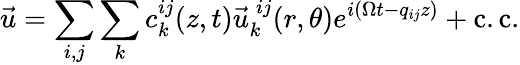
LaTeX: \vec{u}=\sum_{i,j}\sum_{k}c_{k}^{ij}(z,t)\vec{u}_{k}^{\: ij}(r,\theta)e^{i(\Omega t-q_{ij}z)}+\mathrm{c.c.}